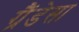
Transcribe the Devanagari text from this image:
ग्रैंडेसा